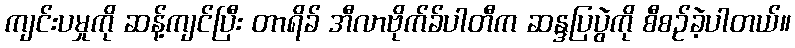
ကျင်းပမှုကို ဆန့်ကျင်ပြီး တာရိခ် အီလာဗိုက်ခ်ပါတီက ဆန္ဒပြပွဲကို စီစဉ်ခဲ့ပါတယ်။